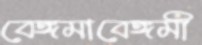
বেঙ্গমাবেঙ্গমী